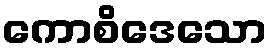
ကောစိဒေသော